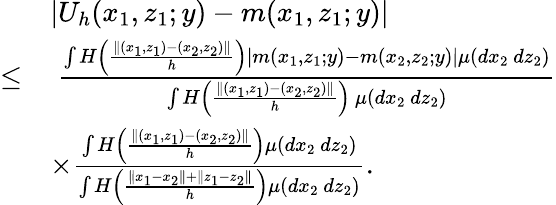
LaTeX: \begin{array}{rl}&{|U_{h}(x_{1},z_{1};y)-m(x_{1},z_{1};y)|}\\ {\leq}&{\ \frac{\int H\left(\frac{\| (x_{1},z_{1})-(x_{2},z_{2})\| }{h}\right)\left|m(x_{1},z_{1};y)-m(x_{2},z_{2};y)\right|\mu(dx_{2}\ dz_{2})}{\int H\left(\frac{\| (x_{1},z_{1})-(x_{2},z_{2})\| }{h}\right)\ \mu(dx_{2}\ dz_{2})}}\\ &{\times\frac{\int H\left(\frac{\| (x_{1},z_{1})-(x_{2},z_{2})\| }{h}\right)\mu(dx_{2}\ dz_{2})}{\int H\left(\frac{\| x_{1}-x_{2}\| +\| z_{1}-z_{2}\| }{h}\right)\mu(dx_{2}\ dz_{2})}.}\end{array}